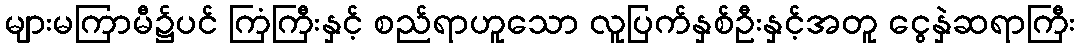
များမကြာမီ၌ပင် ကြံကြီးနှင့် စည်ရာဟူသော လူပြက်နှစ်ဦးနှင့်အတူ ငွေနှဲဆရာကြီး